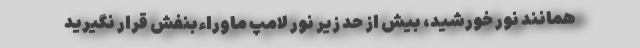
همانند نور خورشید، بیش از حد زیر نور لامپ ماوراء‌بنفش قرار نگیرید